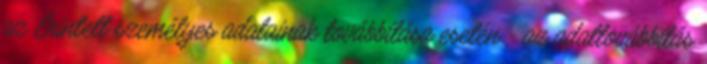
az Érintett személyes adatainak továbbítása esetén - az adattovábbítás